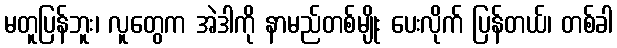
မတူပြန်ဘူး၊ လူတွေက အဲဒါကို နာမည်တစ်မျိုး ပေးလိုက် ပြန်တယ်၊ တစ်ခါ